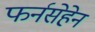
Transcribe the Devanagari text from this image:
फर्नसेहेन